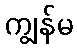
ကျွန်မ